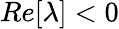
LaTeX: Re[\lambda]<0